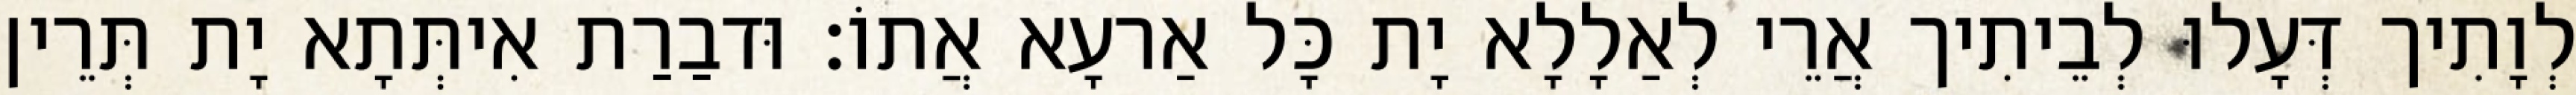
לְוָתִיך דְּעָלוּ לְבֵיתִיך אֲרֵי לְאַלָלָא יָת כָּל אַרעָא אֲתוֹ׃ וּדבַרַת אִיתְּתָא יָת תְּרֵין